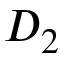
D _ { 2 }